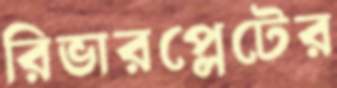
রিভারপ্লেটের